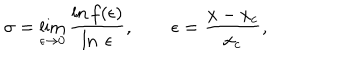
LaTeX: \sigma = \lim _ { \epsilon \rightarrow 0 } \frac { \ln f ( \epsilon ) } { \ln \ \epsilon } , \ \ \epsilon = \frac { x - x _ { c } } { x _ { c } } ,